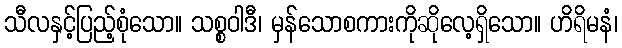
သီလနှင့်ပြည့်စုံသော။ သစ္စဝါဒီ၊ မှန်သောစကားကိုဆိုလေ့ရှိသော။ ဟိရိမနံ၊